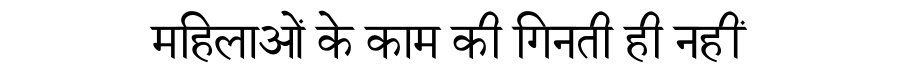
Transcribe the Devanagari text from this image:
महिलाओं के काम की गिनती ही नहीं